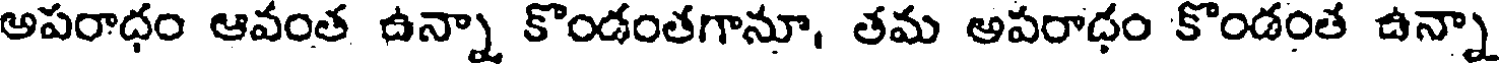
అపరాధం ఆవంత ఉన్నా కొండంతగానూ, తమ అపరాధం కొండంత ఉన్నా